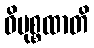
ဝိမုစ္စထာတိ